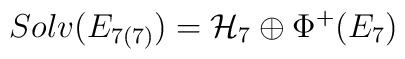
Solv(E_{7(7)})={\cal H}_7 \oplus \Phi^{+}(E_{7})